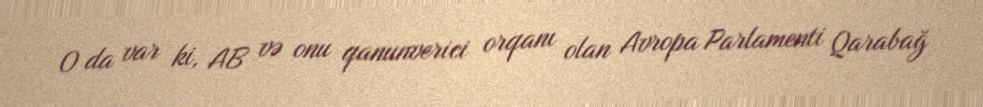
O da var ki, AB və onu qanunverici orqanı olan Avropa Parlamenti Qarabağ